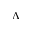
\Lambda